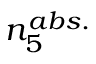
n _ { 5 } ^ { a b s . }